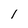
Character: 1